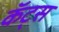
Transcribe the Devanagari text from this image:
कॅट्स